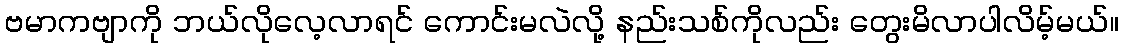
ဗမာကဗျာကို ဘယ်လိုလေ့လာရင် ကောင်းမလဲလို့ နည်းသစ်ကိုလည်း တွေးမိလာပါလိမ့်မယ်။